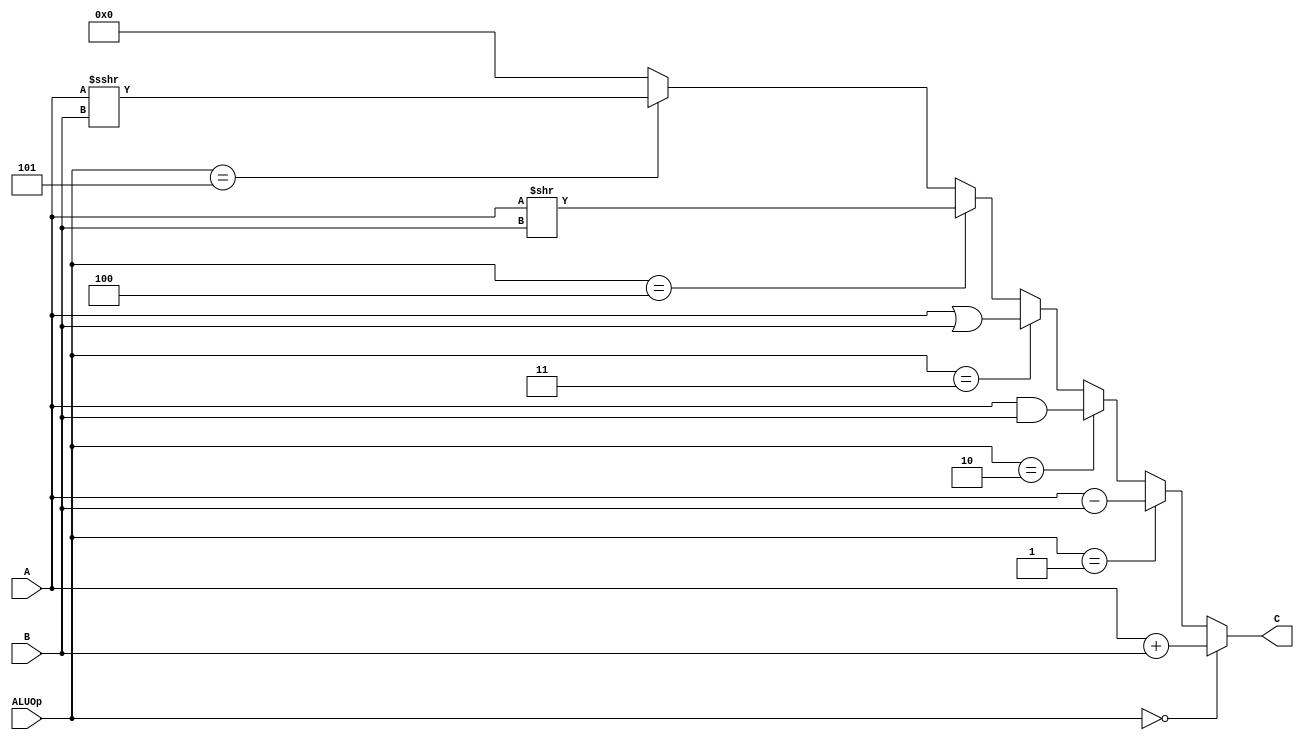
`timescale 1ns / 1ps
//////////////////////////////////////////////////////////////////////////////////
// Company: 
// Engineer: 
// 
// Design Name: 
// Module Name:    alu 
// Project Name: 
// Target Devices: 
// Tool versions: 
// Description: 
//
// Dependencies: 
//
// Revision: 
// Revision 0.01 - File Created
// Additional Comments: 
//
//////////////////////////////////////////////////////////////////////////////////
module alu(
    input [31:0] A,
    input [31:0] B,
    input [2:0] ALUOp,
    output [31:0] C
    );
assign C = 	(ALUOp == 3'b000)? A + B :
				(ALUOp == 3'b001)? A - B :
				(ALUOp == 3'b010)? A & B :
				(ALUOp == 3'b011)? A | B :
				(ALUOp == 3'b100)? A >> B :
				(ALUOp == 3'b101)? $signed($signed(A)>>>B) :
											0;

endmodule